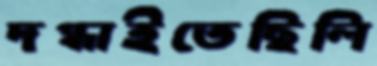
দগ্ধাইতেছিলি